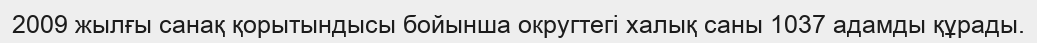
2009 жылғы санақ қорытындысы бойынша округтегі халық саны 1037 адамды құрады.